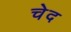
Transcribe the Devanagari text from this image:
चेद